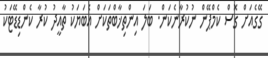
ގޭގެއަށް ގޮސް ކެމްޕޭން ނުކުރާނެކަން. ބަލަ އިންތިޚާބްތަކަށް އެބަޔަކު ތާއީދު ކުރާ ކެންޑިޑޭޓަކު